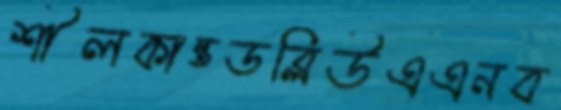
শীলকান্তডব্লিউএএনব